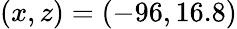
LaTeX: (x,z)=(-96,16.8)